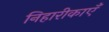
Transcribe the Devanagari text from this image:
निहारीकाएँ